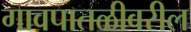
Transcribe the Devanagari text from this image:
गावपातळीवरील